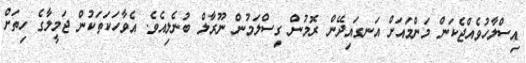
އިސްލާހުވެއްޖެކަން މަންމައަށް އަނގައިދޭން ރޮމުން ގިސްލަމުން ނޫރާލް ބުނެލިއެވެ. އެވާހަކަތަކުން ޖަމީލާގެ ހިތަށް